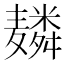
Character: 𱋬